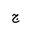
Letter: _gim